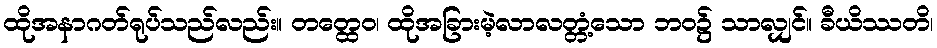
ထိုအနာဂတ်ရုပ်သည်လည်း။ တတ္ထေဝ၊ ထိုအခြားမဲ့လာလတ္တံ့သော ဘဝ၌ သာလျှင်။ ခီယိဿတိ၊